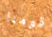
قومنا